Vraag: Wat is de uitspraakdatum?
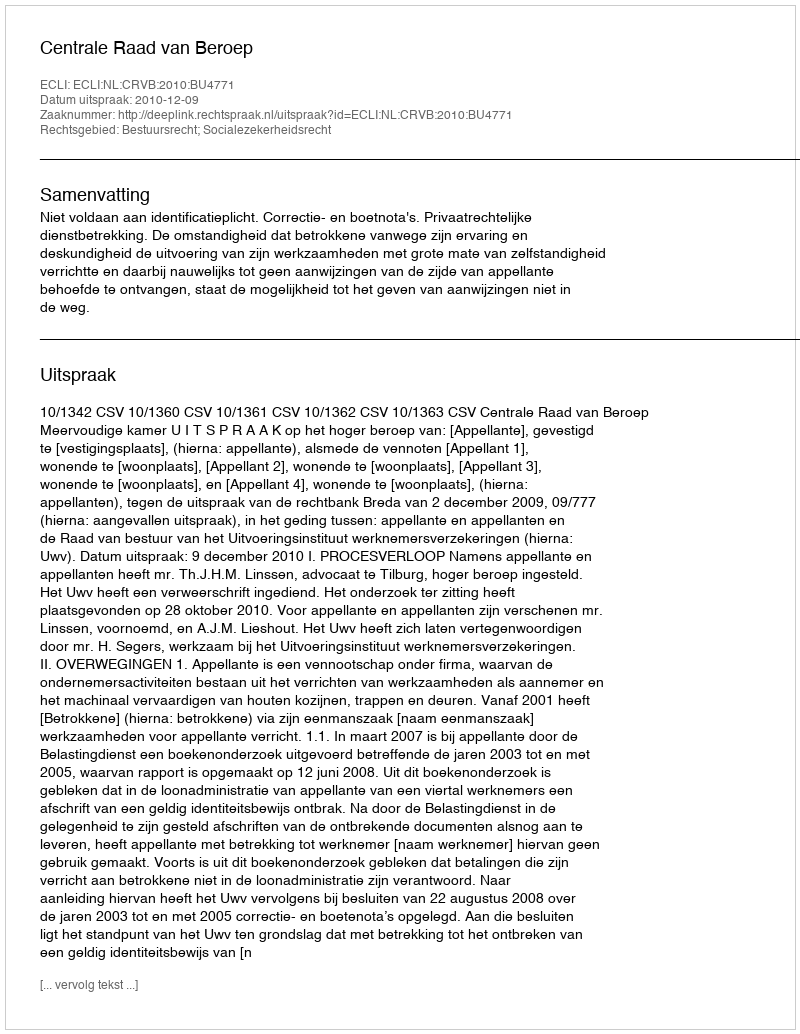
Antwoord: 2010-12-09